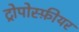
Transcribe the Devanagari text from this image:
ट्रोपोस्फ़ीयर